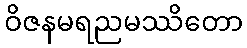
ဝိဇနမရညမဿိတော